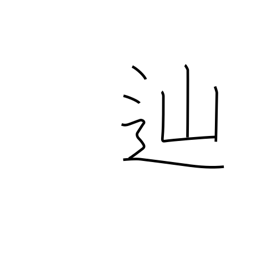
Meaning: pursue